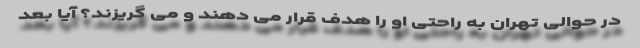
در حوالی تهران به راحتی او را هدف قرار می دهند و می گریزند؟ آیا بعد